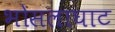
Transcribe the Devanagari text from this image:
भोसलाघाट